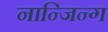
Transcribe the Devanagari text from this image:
नान्जिन्ग